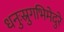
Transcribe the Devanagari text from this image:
धनुःस्रुगभिमेदुरे